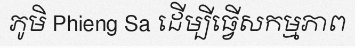
ភូមិ Phieng Sa ដើម្បីធ្វើសកម្មភាព